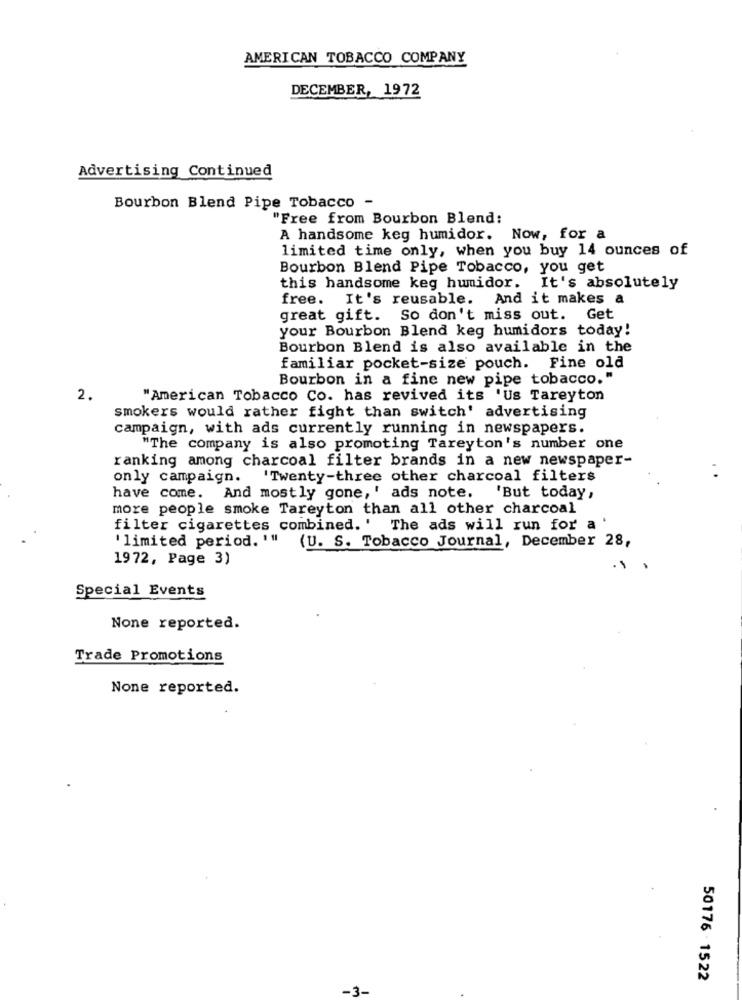
AMERICAN TOBACCO COMPANY
DECEMBER, 1972
Advertising Continued
Bourbon Blend Pipe Tobacco -
"Free from Bourbon Blend:
A handsome keg humidor. Now, for a
limited time only, when you buy 14 ounces of
Bourbon Blend Pipe Tobacco, you get
this handsome keg humidor. It's absolutely
free. It's reusable. And it makes a
great gift. So don't miss out. Get
your Bourbon Blend keg humidors today!
Bourbon Blend is also available in the
familiar pocket-size pouch. Fine old
Bourbon in a fine new pipe tobacco."
2.
"American Tobacco Co. has revived its 'Us Tareyton
smokers would rather fight than switch' advertising
campaign, with ads currently running in newspapers.
"The company is also promoting Tareyton's number one
ranking among charcoal filter brands in a new newspaper-
only campaign.
'Twenty-three other charcoal filters
have come. And mostly gone,' ads note.
'But today,
more people smoke Tareyton than all other charcoal
filter cigarettes combined. ' The ads will run for a
' limited period. '"
(U. S. Tobacco Journal, December 28,
19 72, Page 3)
Special Events
None reported.
Trade Promotions
None reported.
50176 - 1522